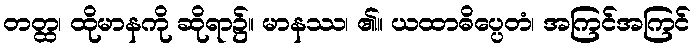
တတ္ထ၊ ထိုမာနကို ဆိုရာ၌။ မာနဿ၊ ၏။ ယထာဓိပ္ပေတံ၊ အကြင်အကြင်